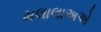
મલાલાઅએ